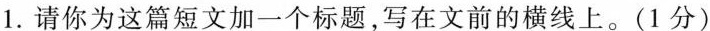
1.请你为这篇短文加一个标题，写在文前的横线上。(1分)